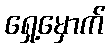
ရှေ့မှောက်